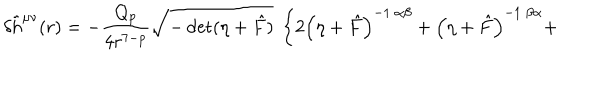
\delta { \tilde { h } } ^ { \mu \nu } ( r ) = - \frac { Q _ { p } } { 4 r ^ { 7 - p } } \sqrt { - \det ( \eta + { \hat { F } } ) } ~ \left\{ 2 \left( \eta + \hat { F } \right) ^ { - 1 ~ \alpha \beta } + \left( \eta + \hat { F } \right) ^ { - 1 ~ \beta \alpha } + \right.